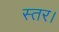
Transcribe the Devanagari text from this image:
स्तर।